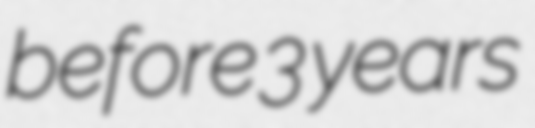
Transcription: before 3 years